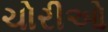
ચોરીઓ